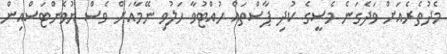
މެދުތެރެއަށް ވަދެގަނެ މެސީގެ ކުދި ޕާސްތައް ހުއްޓުވާ ހަލުވި ނޭމާއަށް ވެސް ޔުވެންޓަސްއިން